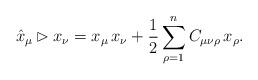
LaTeX: \begin{align*}\hat x_\mu \rhd x_\nu = x_\mu\, x_\nu + \frac{1}{2}\sum_{\rho=1}^n C_{\mu\nu\rho}\, x_\rho.\end{align*}